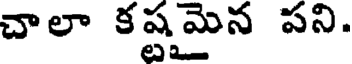
చాలా కష్టమైన పని.